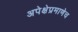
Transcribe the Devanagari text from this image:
अपेक्षेप्रमाणेच